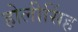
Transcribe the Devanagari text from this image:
होलीसिंह